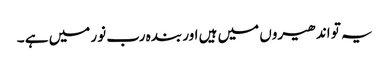
یہ تو اندھیروں میں ہیں اور بندہ رب نور میں ہے ۔